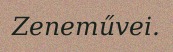
Zeneművei.